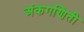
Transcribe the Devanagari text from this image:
अंकगणिती